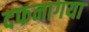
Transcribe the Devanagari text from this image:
दफनागया